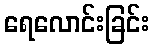
ရေလောင်းခြင်း